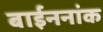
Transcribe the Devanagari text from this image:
बाईननांक